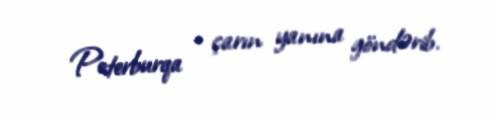
Peterburqa - çarın yanına göndərib.